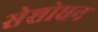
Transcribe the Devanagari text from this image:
सेशोधन